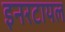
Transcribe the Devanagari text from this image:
इनरटायल